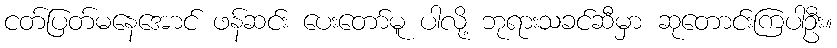
ငတ်ပြတ်မနေအောင် ဖန်ဆင်း ပေးတော်မူ ပါလို့ ဘုရားသခင်ဆီမှာ ဆုတောင်းကြပါဦး။